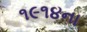
૧૯૧૪ના